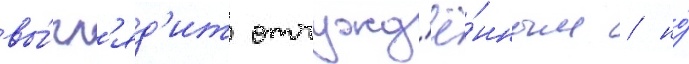
вы́гл'яд'ит отчужд'ё́нным / но́